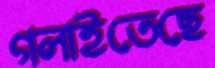
গলাইতেছে